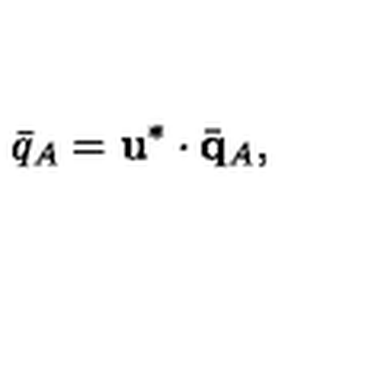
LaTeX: \bar { q } _ { A } = { \bf u } ^ { * } \cdot \bar { { \bf q } } _ { A } ,